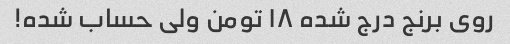
روی برنج درج شده ۱۸ تومن ولی حساب شده!